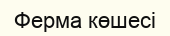
Ферма көшесі